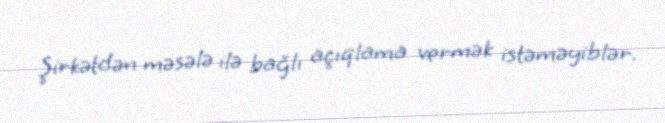
Şirkətdən məsələ ilə bağlı açıqlama vermək istəməyiblər.